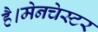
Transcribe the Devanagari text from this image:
है।मेनचेस्टर